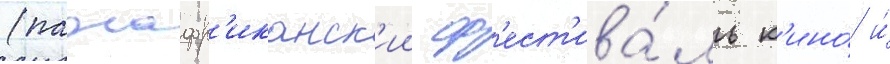
(панафр'иканск'ии ф'ест'ива́ль к'ино́ и́